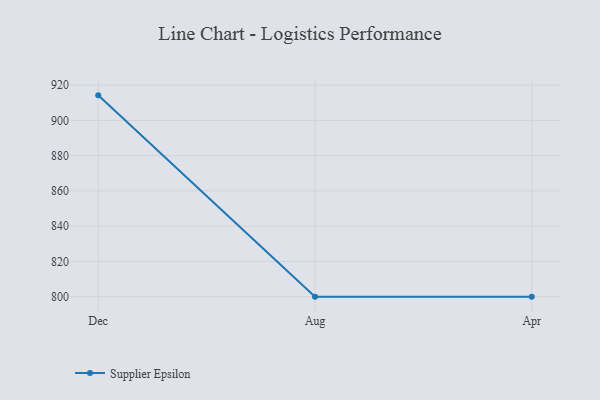
{"axis": {"x": "Month", "y": "Population (Million)"}, "legend": ["Supplier Epsilon"], "data": [{"x": "Dec", "y": 914.2, "type": "Supplier Epsilon"}, {"x": "Aug", "y": 800, "type": "Supplier Epsilon"}, {"x": "Apr", "y": 800, "type": "Supplier Epsilon"}]}